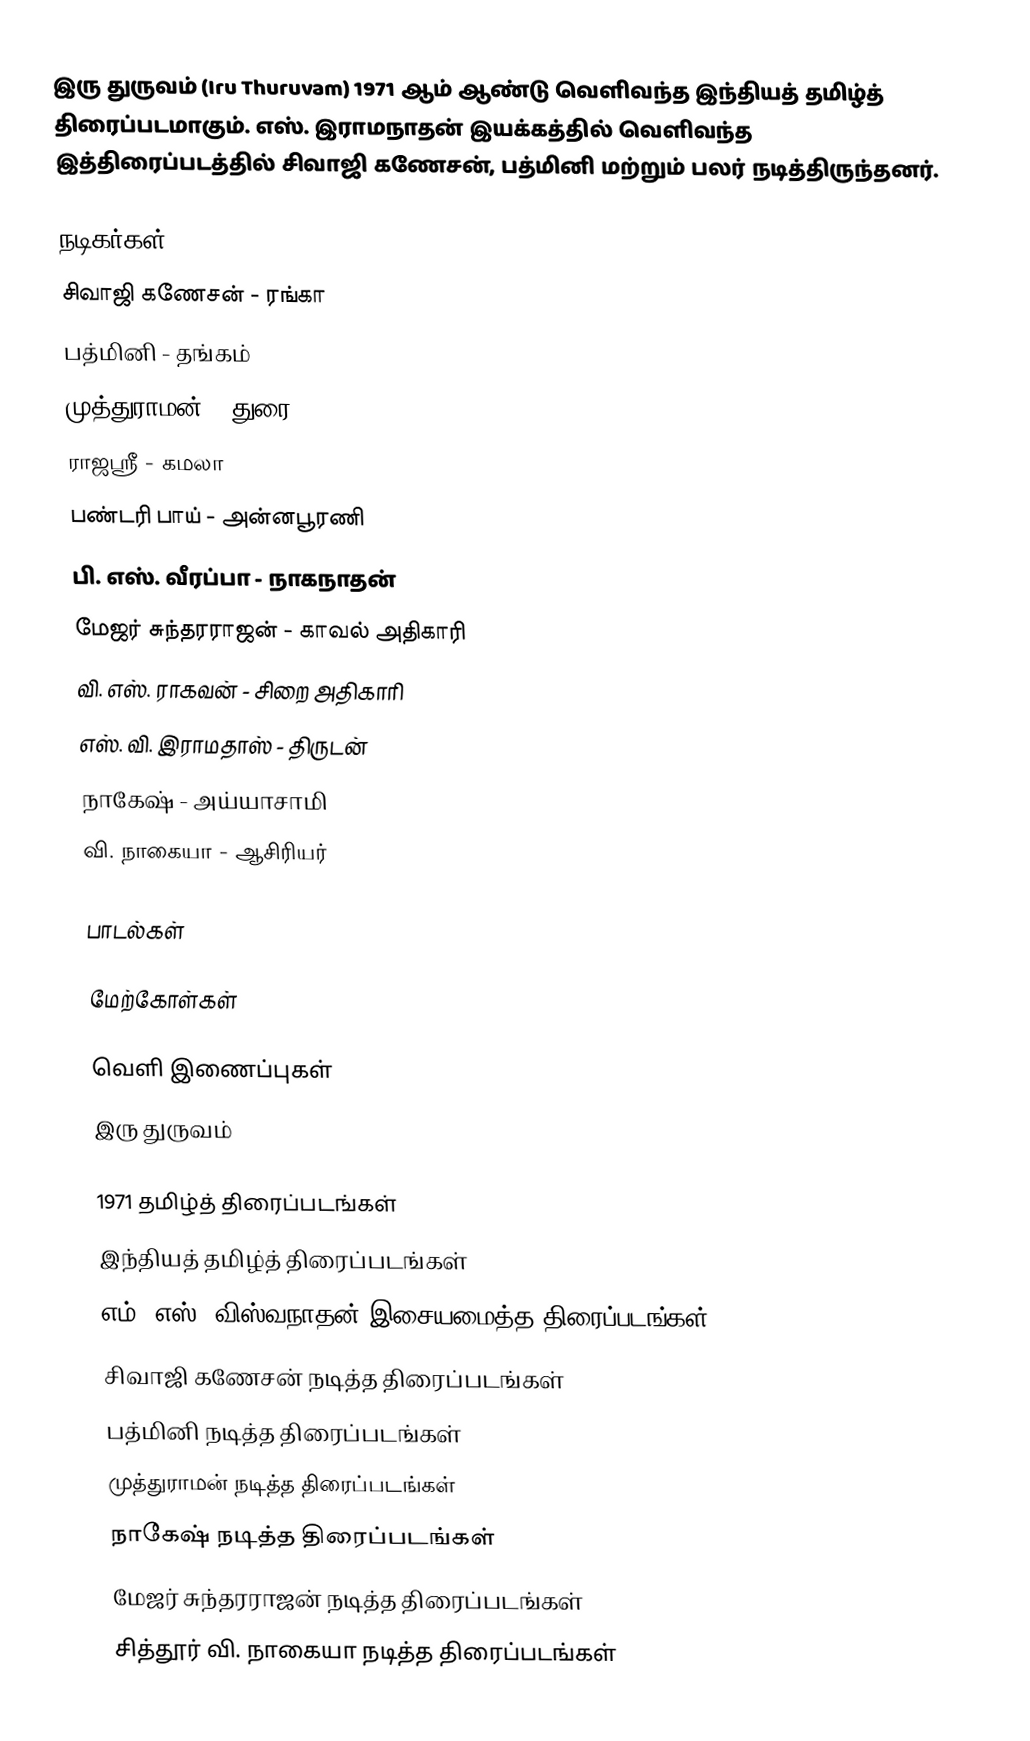
இரு துருவம் (Iru Thuruvam) 1971 ஆம் ஆண்டு வெளிவந்த இந்தியத் தமிழ்த் திரைப்படமாகும். எஸ். இராமநாதன் இயக்கத்தில் வெளிவந்த இத்திரைப்படத்தில் சிவாஜி கணேசன், பத்மினி மற்றும் பலர் நடித்திருந்தனர்.

நடிகர்கள்
சிவாஜி கணேசன் - ரங்கா
பத்மினி - தங்கம்
முத்துராமன் - துரை
ராஜஸ்ரீ - கமலா
பண்டரி பாய் - அன்னபூரணி
பி. எஸ். வீரப்பா - நாகநாதன்
மேஜர் சுந்தரராஜன் - காவல் அதிகாரி
வி. எஸ். ராகவன் - சிறை அதிகாரி
எஸ். வி. இராமதாஸ் - திருடன்
நாகேஷ் - அய்யாசாமி
வி. நாகையா - ஆசிரியர்

பாடல்கள்

மேற்கோள்கள்

வெளி இணைப்புகள்
 இரு துருவம்

1971 தமிழ்த் திரைப்படங்கள்
இந்தியத் தமிழ்த் திரைப்படங்கள்
எம். எஸ். விஸ்வநாதன் இசையமைத்த திரைப்படங்கள்
சிவாஜி கணேசன் நடித்த திரைப்படங்கள்
பத்மினி நடித்த திரைப்படங்கள்
முத்துராமன் நடித்த திரைப்படங்கள்
நாகேஷ் நடித்த திரைப்படங்கள்
மேஜர் சுந்தரராஜன் நடித்த திரைப்படங்கள்
சித்தூர் வி. நாகையா நடித்த திரைப்படங்கள்